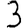
Digit: 3